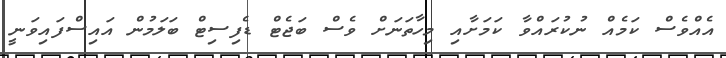
އެއްވެސް ކަމެއް ނުކުރައްވާ ކަމަށާއި މިހާތަނަށް ވެސް ބަޖެޓް ޑެފިސިޓް ބަލަމުން އައިސްފައިވަނީ